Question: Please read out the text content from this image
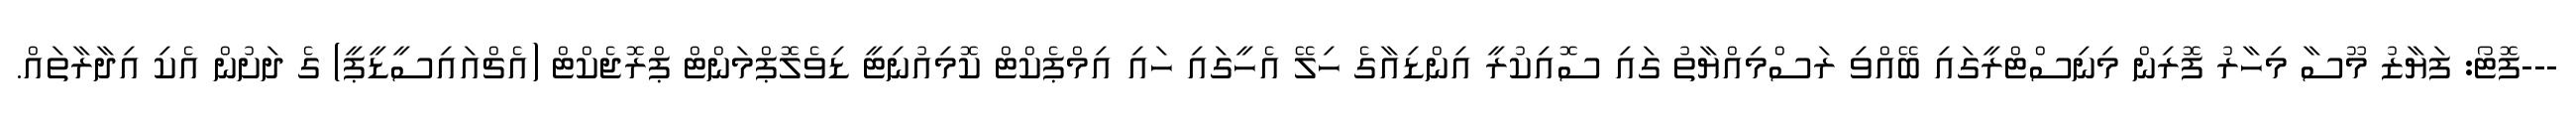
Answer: ---ފޮޓޯ: ފަޔާޒު މޫސާ މިހާރު ފޮރިން މިނިސްޓްރީގައި ބޭއްވި ރަސްމިއްޔާތު ގައި ސޮއިކުރީ އިންޑިއާގެ ހިލޭ އެހީގައި ހައި އިމްޕެކްޓް ކޮމިއުނިޓީ ޑިވެލޮޕްމަންޓް ޕްރޮޖެކްޓް (އެޗްއައިސީޑީޕީ) ގެ ދަށުން އެކި އިދާރާތައް.